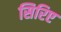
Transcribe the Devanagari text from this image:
सिरिए